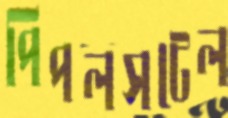
পিপলসটেল